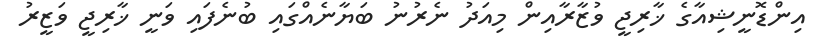
އިންޑޮނީޝިއާގެ ޚާރިޖީ ވުޒާރާއިން މިއަދު ނެރުނު ބަޔާނެއްގައި ބުނެފައި ވަނީ ޚާރިޖީ ވަޒީރު